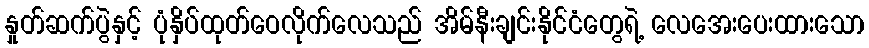
နှုတ်ဆက်ပွဲနှင့် ပုံနှိပ်ထုတ်ဝေလိုက်လေသည် အိမ်နီးချင်းနိုင်ငံတွေရဲ့ လေအေးပေးထားသော